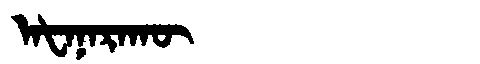
Manchu: ᠠᡶᠠᠨᠠᡵᠠᡴᡡ
Romanization: AFANARAKŪ